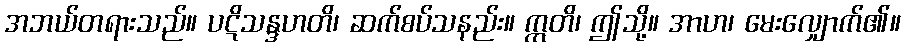
အဘယ်တရားသည်။ ပဋိသန္ဒဟတိ၊ ဆက်စပ်သနည်း။ ဣတိ၊ ဤသို့။ အာဟ၊ မေးလျှောက်၏။